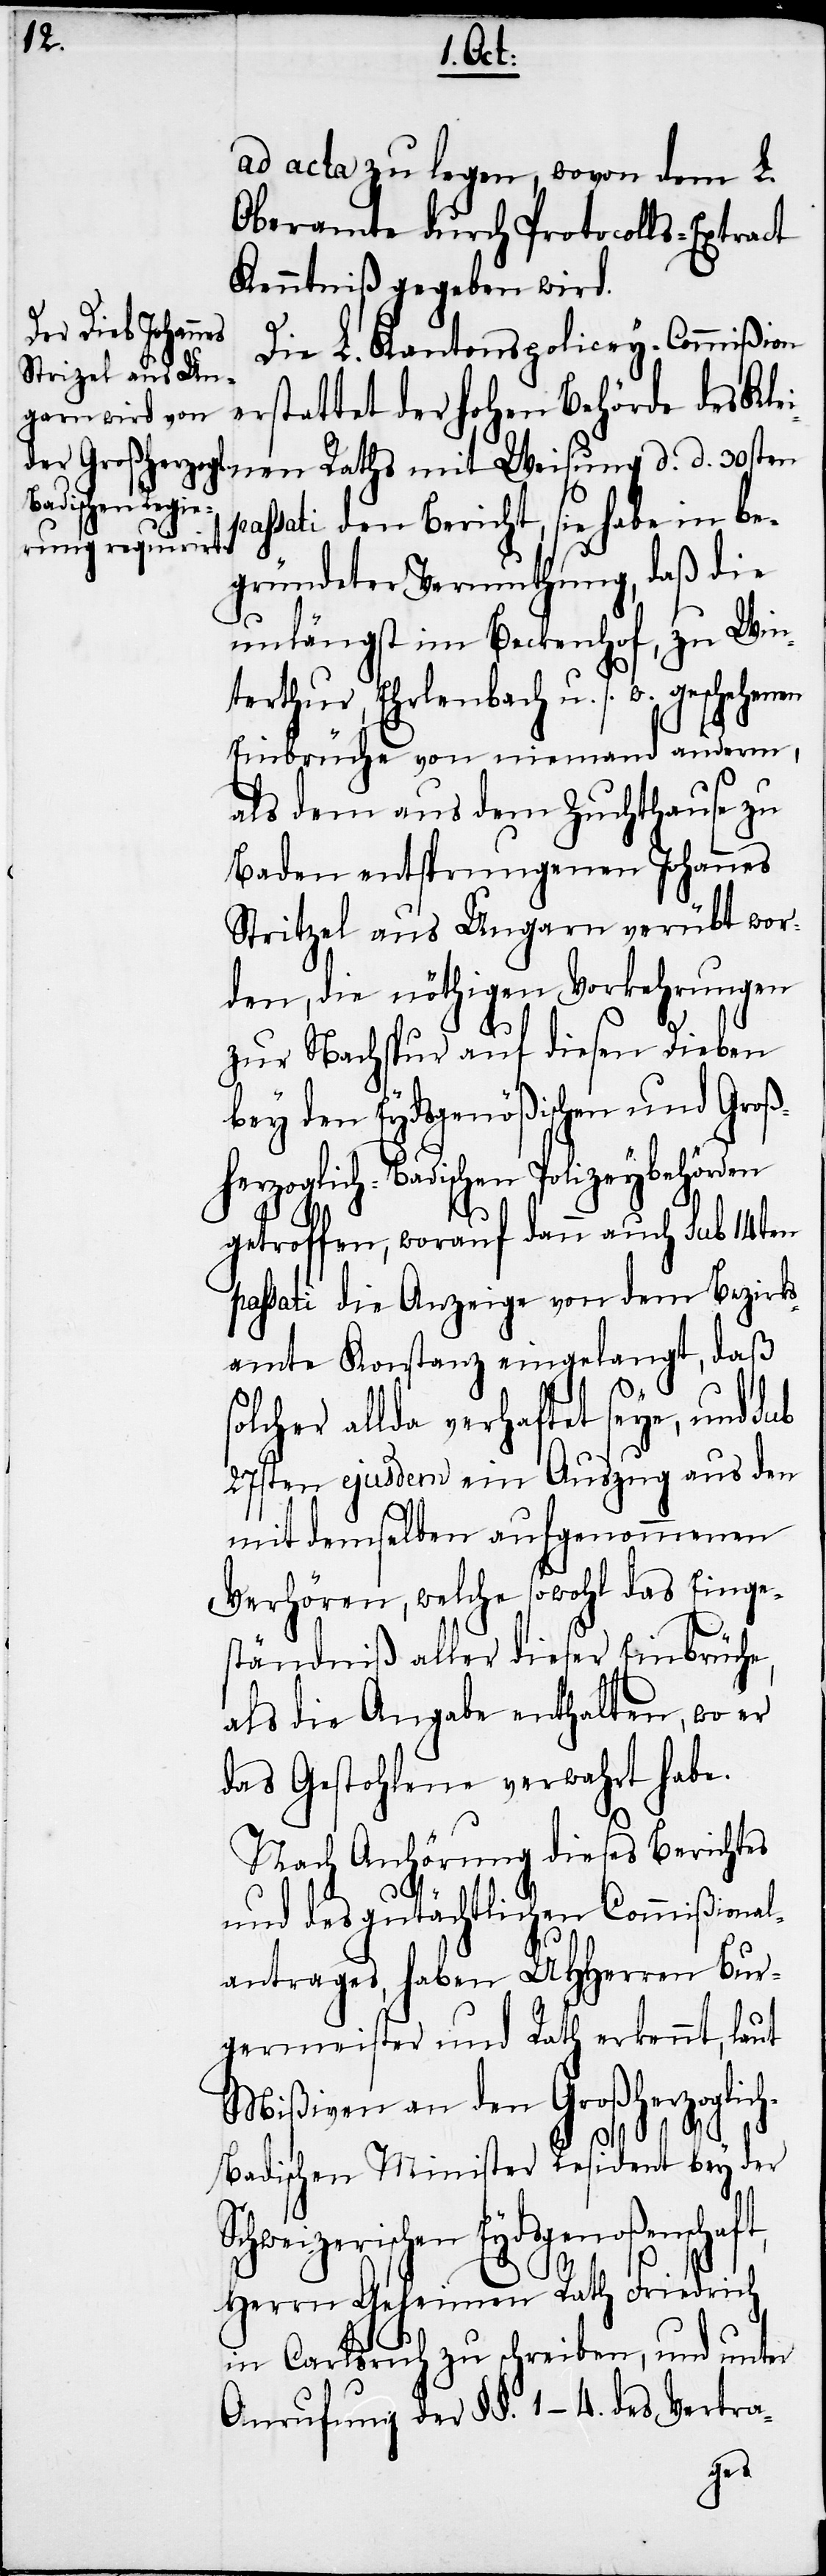
ad acta zu legen, wovon dem L.
Oberamte durch Protocolls-Extract
Kenntniß gegeben wird.
Die L. Kantonspolicey-Commißion
rstattet der hohen Behörde des
s¬
passati den Bericht, sie habe in be¬
gründeter Vermuthung, daß die
unlängst im Beckenhof, zu Win¬
terthur, Ehrlenbach u. s. w. gesche¬
Einbrüche von niemand anderm,
als dem aus dem Zuchthause zu
Baden entsprungenen Johannes
[sic!] aus Ungarn verübt wor¬
den, die nöthigen Vorkehrungen
zur Nachspur auf diesen Dieben
bey den Eydsgenößischen und Groß¬
herzoglich-Badischen Polizeybehörden
getroffen, worauf dann auch sub 14ten
passati die Anzeige von dem Bezirks¬
amte Konstanz eingelangt, daß
olcher allda verhaftet seye, und sub
27sten ejusdem ein Auszug aus den
mit demselben aufgenommenen
Verhören, welche sowohl das Einge¬
ständniß aller dieser Einbrüche,
als die Angabe enthalten, wo er
das Gestohlene verwahrt habe.
Nach Anhörung dieses Berichtes
und des gutächtlichen Commißional¬
antrages, haben UHHerren Bur¬
germeister und Rath erkennt, laut
Mißiven an den Großherzoglic¬
h-Badischen Minister Resident bey der
Schweizerischen Eydsgenoßenschaft,
d.
Herrn Geheimen Rath Friedrich
in Carlsruh zu schreiben, und unter
Anrufung der §§. 1−4. des Vertra-
henen